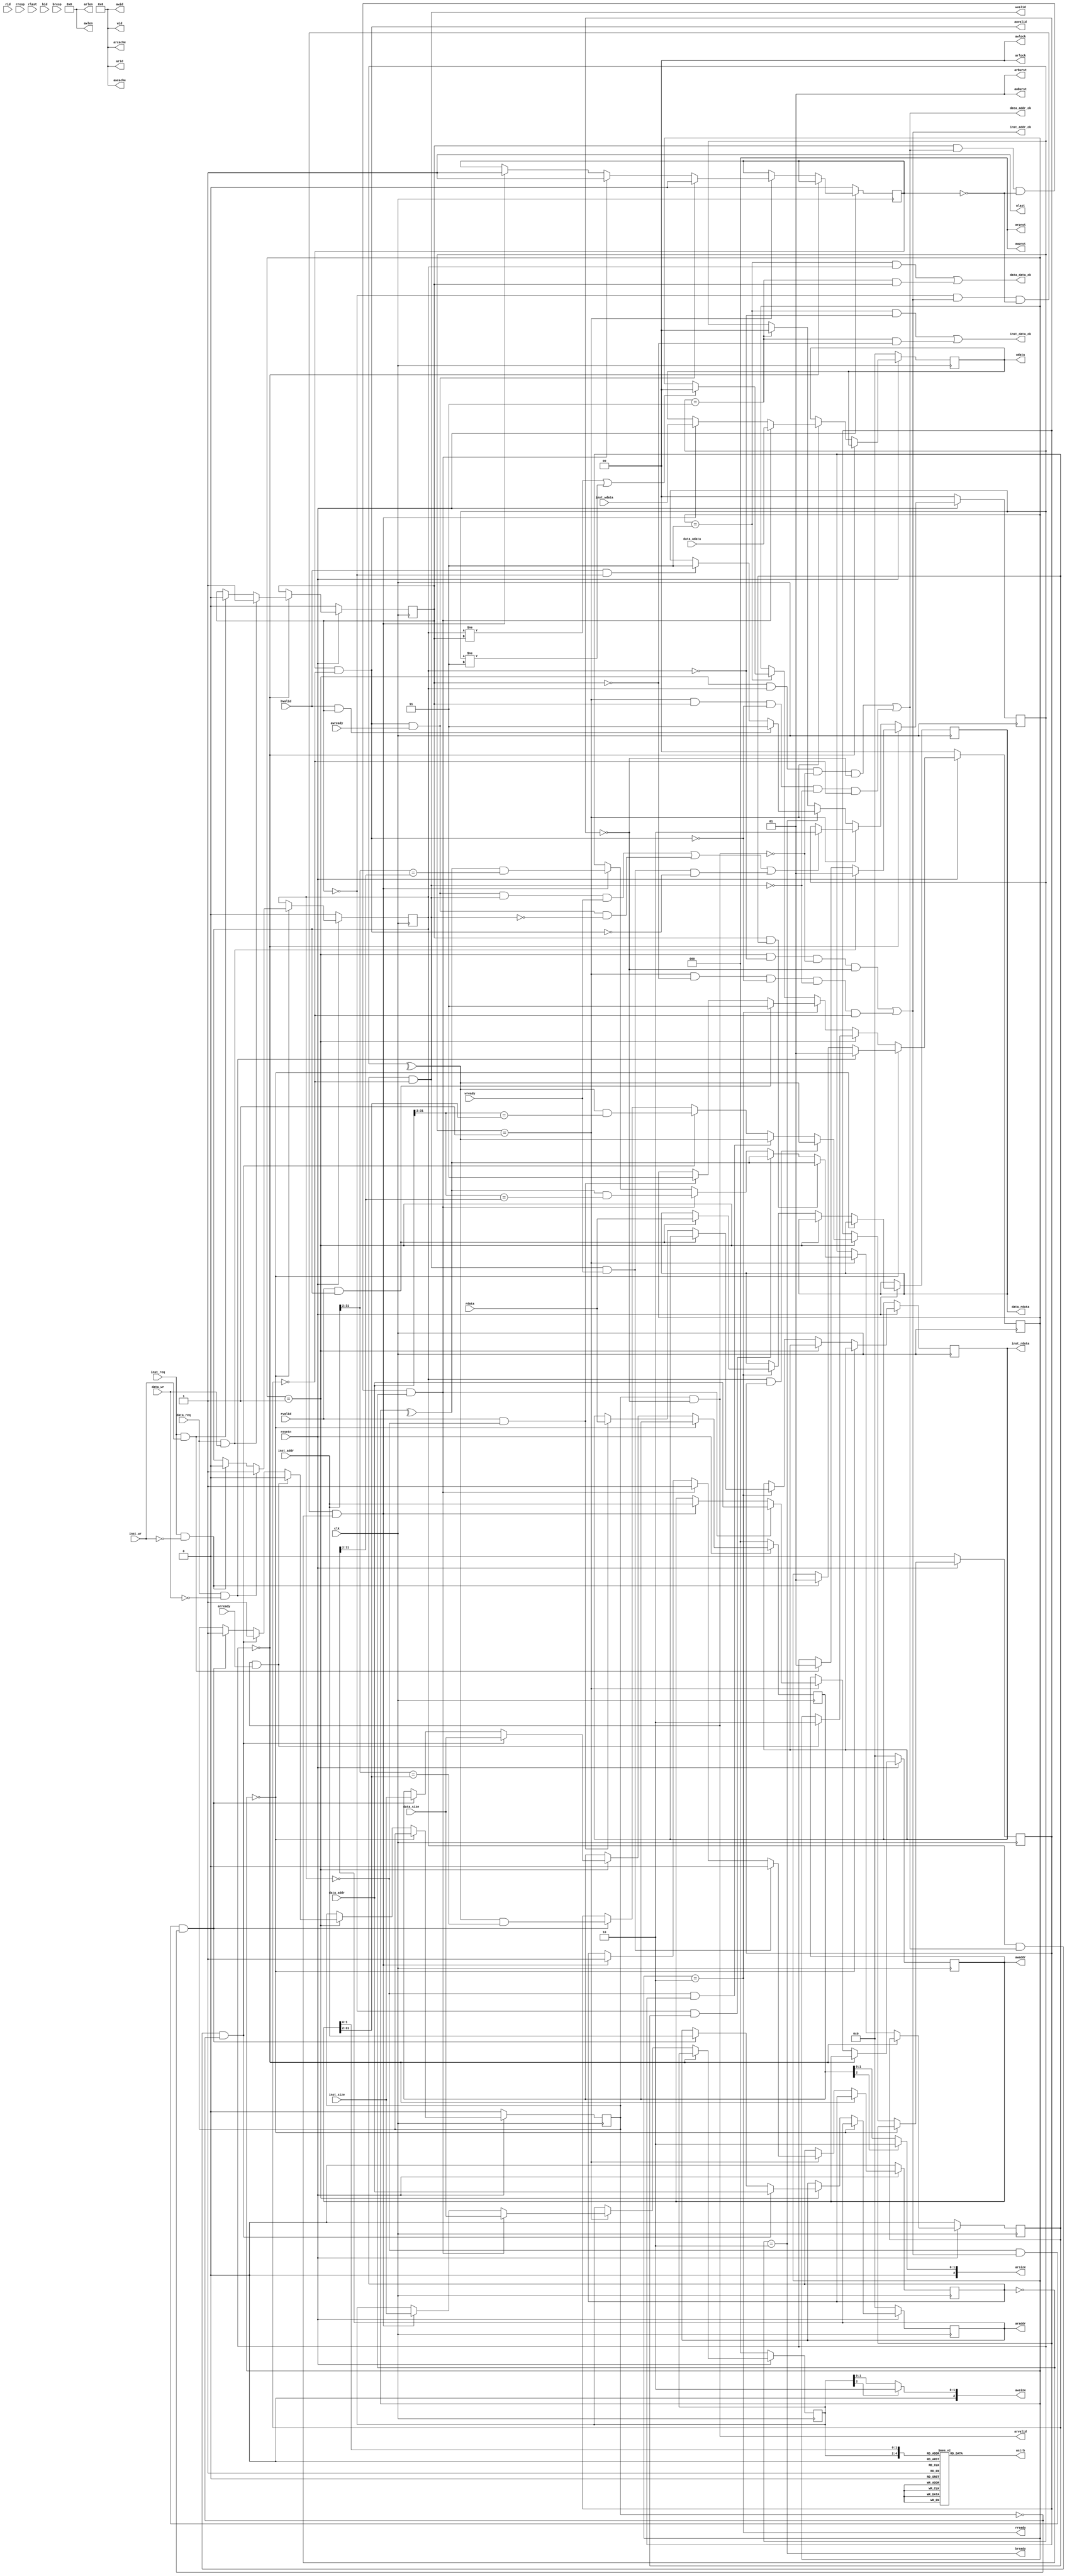
module cpu_axi_interface (
    input wire         clk          ,
    input wire         resetn       ,

    //inst sram-like
    input  wire        inst_req     ,
    input  wire        inst_wr      ,
    input  wire [ 2:0] inst_size    ,
    input  wire [31:0] inst_addr    ,
    input  wire [31:0] inst_wdata   ,
    output reg  [31:0] inst_rdata   ,
    output wire        inst_addr_ok ,
    output wire        inst_data_ok ,

    //data sram-like
    input  wire        data_req     ,
    input  wire        data_wr      ,
    input  wire [ 2:0] data_size    ,
    input  wire [31:0] data_addr    ,
    input  wire [31:0] data_wdata   ,
    output reg  [31:0] data_rdata   ,
    output wire        data_addr_ok ,
    output wire        data_data_ok ,

    //axi
    //ar
    output wire [ 3:0] arid         ,
    output wire [31:0] araddr       ,
    output wire [ 7:0] arlen        ,
    output wire [ 2:0] arsize       ,
    output wire [ 1:0] arburst      ,
    output wire [ 1:0] arlock       ,
    output wire [ 3:0] arcache      ,
    output wire [ 2:0] arprot       ,
    output wire        arvalid      ,
    input  wire        arready      ,
    //r
    input  wire [ 3:0] rid          ,
    input  wire [31:0] rdata        ,
    input  wire [ 1:0] rresp        ,
    input  wire        rlast        ,
    input  wire        rvalid       ,
    output wire        rready       ,
    //aw
    output wire [ 3:0] awid         ,
    output wire [31:0] awaddr       ,
    output wire [ 7:0] awlen        ,
    output wire [ 2:0] awsize       ,
    output wire [ 1:0] awburst      ,
    output wire [ 1:0] awlock       ,
    output wire [ 3:0] awcache      ,
    output wire [ 2:0] awprot       ,
    output wire        awvalid      ,
    input  wire        awready      ,
    //w
    output wire [ 3:0] wid          ,
    output wire [31:0] wdata        ,
    output reg  [ 3:0] wstrb        ,
    output wire        wlast        ,
    output wire        wvalid       ,
    input  wire        wready       ,
    //b
    input  wire [ 3:0] bid          ,
    input  wire [ 1:0] bresp        ,
    input  wire        bvalid       ,
    output wire        bready
);

reg  [ 1:0] r_status; // 0-free 1-read_req 2-reading 3-read_fin
reg         r_from;   // 0-inst 1-data
reg  [ 2:0] r_size;
reg  [31:0] r_addr;

reg  [ 1:0] w_status; // 0-free 1-write_req 2-writing 3-write_fin
reg         w_from;   // 0-inst 1-data
reg  [ 2:0] w_size;
reg  [31:0] w_addr;
reg  [31:0] w_data;

reg         wr_hazard;
reg         rw_hazard;
reg         en_arvalid;
reg         en_awvalid;
reg         en_wvalid;

always @(posedge clk) begin
    if(!resetn) begin
        r_status     <= 2'd0;
        r_from       <= 1'b0;
        r_size       <= 3'd0;
        r_addr       <= 32'd0;
        en_arvalid   <= 1'b0;
        wr_hazard    <= 1'b0;

    end else begin
        if(r_status == 2'b00) begin
            if(data_req && !data_wr) begin
                r_status     <= 2'b01;
                r_from       <= 1'b1;
            end else if(inst_req && !inst_wr) begin
                r_status     <= 2'b01;
                r_from       <= 1'b0;
            end

        end else if(r_status == 2'b01) begin
            if(r_from && data_addr_ok && !en_arvalid) begin
                r_size       <= data_size;
                r_addr       <= data_addr;
                en_arvalid   <= 1'b1;
                wr_hazard    <= ^w_status && data_addr[31:2] == w_addr[31:2];
            end else if(!r_from && inst_addr_ok && !en_arvalid) begin
                r_size       <= inst_size;
                r_addr       <= inst_addr;
                en_arvalid   <= 1'b1;
                wr_hazard    <= ^w_status && inst_addr[31:2] == w_addr[31:2];
            end
            if(r_from && wr_hazard) begin
                wr_hazard    <= ^w_status;
            end else if(!r_from && wr_hazard) begin
                wr_hazard    <= ^w_status;
            end
            if(arvalid && arready) begin
                en_arvalid   <= 1'b0;
                r_status     <= 2'b10;
            end

        end else if(r_status == 2'b10) begin
            if(rvalid && r_from) begin
                r_status     <= 2'b11;
                data_rdata   <= rdata;
            end else if(rvalid && !r_from) begin
                r_status     <= 2'b11;
                inst_rdata   <= rdata;
            end

        end else if(r_status == 2'b11) begin
            if(r_from != w_from || w_status != 2'b11) begin
                r_status         <= 2'b00;
            end
        end
    end
end

always @(posedge clk) begin
    if(!resetn) begin
        w_status     <= 2'd0;
        w_from       <= 1'b0;
        w_size       <= 3'd0;
        w_addr       <= 32'd0;
        w_data       <= 32'd0;
        en_awvalid   <= 1'b0;
        en_wvalid    <= 1'b0;
        rw_hazard    <= 1'b0;

    end else begin
        if(w_status == 2'b00) begin
            if(data_req && data_wr) begin
                w_status     <= 2'b01;
                w_from       <= 1'b1;
            end else if(inst_req && inst_wr) begin
                w_status     <= 2'b01;
                w_from       <= 1'b0;
            end

        end else if(w_status == 2'b01) begin
            if(w_from && data_addr_ok && !en_awvalid && !en_wvalid) begin
                w_size       <= data_size;
                w_addr       <= data_addr;
                w_data       <= data_wdata;
                en_awvalid   <= 1'b1;
                en_wvalid    <= 1'b1;
                rw_hazard    <= ^r_status && data_addr[31:2] == r_addr[31:2];
            end else if(!w_from && inst_addr_ok && !en_awvalid && !en_wvalid) begin
                w_size       <= inst_size;
                w_addr       <= inst_addr;
                w_data       <= inst_wdata;
                en_awvalid   <= 1'b1;
                en_wvalid    <= 1'b1;
                rw_hazard    <= ^r_status && inst_addr[31:2] == r_addr[31:2];
            end
            if(w_from && rw_hazard) begin
                rw_hazard    <= ^r_status;
            end else if(!w_from && rw_hazard) begin
                rw_hazard    <= ^r_status;
            end
            if(awvalid && awready) begin
                en_awvalid   <= 1'b0;
            end
            if(wvalid && wready) begin
                en_wvalid    <= 1'b0;
            end
            if((awvalid && awready && wvalid && wready) || (awvalid && awready && !wvalid) || (wvalid && wready && !awvalid)) begin
                w_status     <= 2'b10;
            end

        end else if(w_status == 2'b10) begin
            if(bvalid && w_from) begin
                w_status     <= 2'b11;
            end else if(bvalid && !w_from) begin
                w_status     <= 2'b11;
            end

        end else if(w_status == 2'b11) begin
            w_status         <= 2'b00;
        end
    end
end

always @(*) begin
    case({w_size, w_addr[1:0]})
    5'b000_00: wstrb = 4'b0001; // SB
    5'b000_01: wstrb = 4'b0010; // SB
    5'b000_10: wstrb = 4'b0100; // SB
    5'b000_11: wstrb = 4'b1000; // SB
    5'b001_00: wstrb = 4'b0011; // SH
    5'b001_10: wstrb = 4'b1100; // SH
    5'b010_00: wstrb = 4'b1111; // SW
    5'b100_00: wstrb = 4'b0001; // SWL
    5'b100_01: wstrb = 4'b0011; // SWL
    5'b100_10: wstrb = 4'b0111; // SWL
    5'b100_11: wstrb = 4'b1111; // SWL
    5'b101_00: wstrb = 4'b1111; // SWR
    5'b101_01: wstrb = 4'b1110; // SWR
    5'b101_10: wstrb = 4'b1100; // SWR
    5'b101_11: wstrb = 4'b1000; // SWR
    default :  wstrb = 4'b0000;
    endcase
end

assign inst_addr_ok = (r_status == 2'b01 && r_from == 1'b0 && arvalid == 1'b0 && !wr_hazard) ||
                      (w_status == 2'b01 && w_from == 1'b0 && awvalid == 1'b0 && wvalid == 1'b0 && !rw_hazard);

assign inst_data_ok = (r_status == 2'b11 && r_from == 1'b0) ||
                      (w_status == 2'b11 && w_from == 1'b0) ;

assign data_addr_ok = (r_status == 2'b01 && r_from == 1'b1 && arvalid == 1'b0 && !wr_hazard) ||
                      (w_status == 2'b01 && w_from == 1'b1 && awvalid == 1'b0 && wvalid == 1'b0 && !rw_hazard);

assign data_data_ok = (r_status == 2'b11 && r_from == 1'b1) ||
                      (w_status == 2'b11 && w_from == 1'b1) ;

assign araddr  = r_addr;
assign arsize  = {1'b0, r_size[2] ? 2'b10 : r_size[1:0]};
assign arvalid = en_arvalid && !wr_hazard;
assign rready  = (r_status == 2'b10);

assign awaddr  = w_addr;
assign awsize  = {1'b0, w_size[2] ? 2'b10 : w_size[1:0]};
assign wdata   = w_data;
assign awvalid = en_awvalid && !rw_hazard;
assign wvalid  = en_wvalid  && !rw_hazard;
assign bready  = (w_status == 2'b10);

assign arid    = 4'd0 ;
assign arlen   = 8'd0 ;
assign arburst = 2'b01;
assign arlock  = 2'd0 ;
assign arcache = 4'd0 ;
assign arprot  = 3'd0 ;

assign awid    = 4'd0 ;
assign awlen   = 8'd0 ;
assign awburst = 2'b01;
assign awlock  = 2'd0 ;
assign awcache = 4'd0 ;
assign awprot  = 3'd0 ;

assign wid     = 4'd0 ;
assign wlast   = 1'b1 ;

endmodule